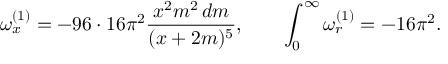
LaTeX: \omega _ { x } ^ { ( 1 ) } = - 9 6 \cdot 1 6 \pi ^ { 2 } { \frac { x ^ { 2 } m ^ { 2 } \, d m } { ( x + 2 m ) ^ { 5 } } } , \quad \quad \int _ { 0 } ^ { \infty } \omega _ { r } ^ { ( 1 ) } = - 1 6 \pi ^ { 2 } .